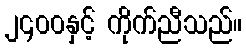
၂၄၀၀နှင့် ကိုက်ညီသည်။